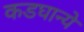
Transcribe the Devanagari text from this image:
कडघान्ये